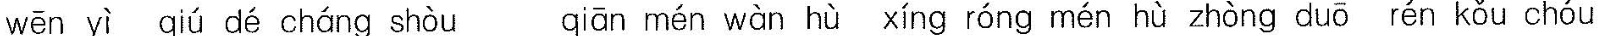
wēn yì qiú dé cháng shòu qiān mén wàn hù xíng róng mén hù zhòng duō rén kǒu chóu